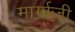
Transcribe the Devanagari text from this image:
मार्गाज़ी